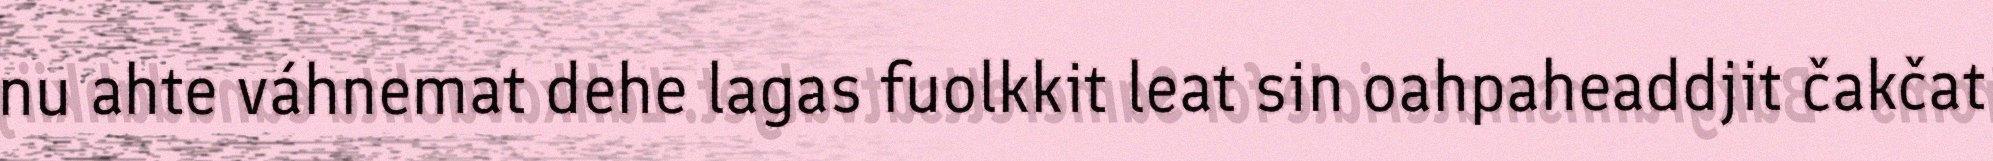
nu ahte váhnemat dehe lagas fuolkkit leat sin oahpaheaddjit čakčat